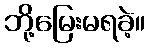
ဘို့မြေးမရခဲ့။